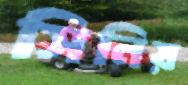
সিনিয়